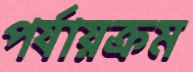
পর্যায়ক্রম